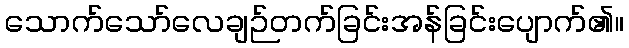
သောက်သော်လေချဉ်တက်ခြင်းအန်ခြင်းပျောက်၏။